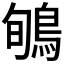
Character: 𪀽